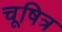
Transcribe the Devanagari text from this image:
चूषित्र